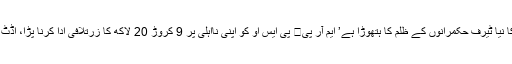
کراچی کیلئے بجلی کا نیا ٹیرف حکمرانوں کے ظلم کا ہتھوڑا ہے’ ایم آر پی	 پی ایس او کو اپنی نااہلی پر 9 کروڑ 20 لاکھ کا زرتلافی ادا کرنا پڑا، آڈٹ رپورٹ میں انکشاف